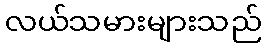
လယ်သမားများသည်